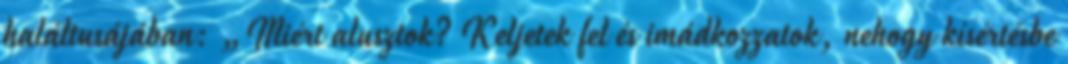
haláltusájában: „Miért alusztok? Keljetek fel és imádkozzatok, nehogy kísértésbe